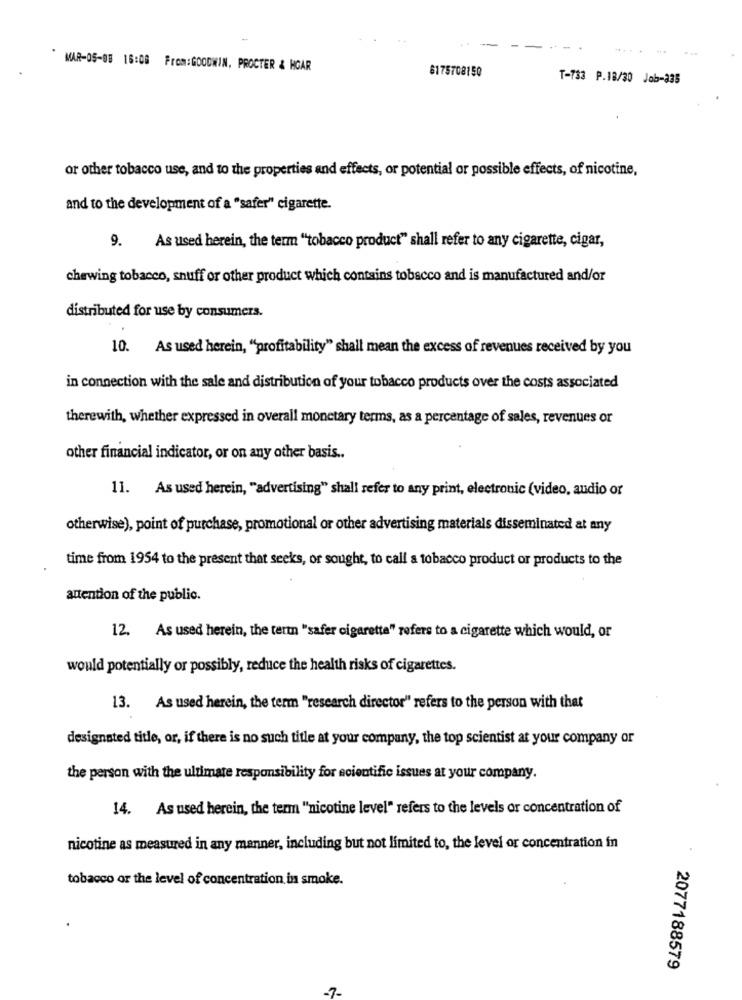
MAR-05-08 16:08 From:GOODWIN, PROCTER & HGAR
6175708150
T-733 P.18/30 Job-335
or other tobacco use, and to the properties and effects, or potential or possible effects, of nicotine,
and to the development of a "safer" cigarette.
9.
As used herein, the term "tobacco product" shall refer to any cigarette, cigar,
chewing tobacco, snuff or other product which contains tobacco and is manufactured and/or
distributed for use by consumers.
10. As used herein, "profitability" shall mean the excess of revenues received by you
in connection with the sale and distribution of your tobacco products over the costs associated
therewith, whether expressed in overall monetary terms, as a percentage of sales, revenues or
other financial indicator, or on any other basis ..
11. As used herein, "advertising" shall refer to any print, electronic (video, audio or
otherwise), point of purchase, promotional or other advertising materials disseminated at any
time from 1954 to the present that seeks, or sought, to call a tobacco product or products to the
attention of the public.
12. As used herein, the term "safer cigaretta" refers to a cigarette which would, or
would potentially or possibly, reduce the health risks of cigarettes.
13. As used herein, the term "research director" refers to the person with that
designated title, or, if there is no such title at your company, the top scientist at your company or
the person with the ultimate responsibility for scientific issues at your company.
14. As used herein, the term "nicotine level" refers to the levels or concentration of
nicotine as measured in any manner, including but not limited to, the level or concentration in
tobacco or the level of concentration in smoke.
2077188579
-7-